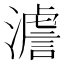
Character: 𤀃